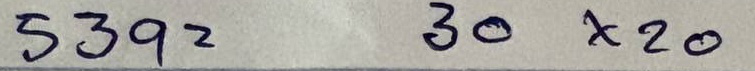
539 = 30 x 20